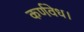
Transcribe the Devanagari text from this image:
कर्णवेध।